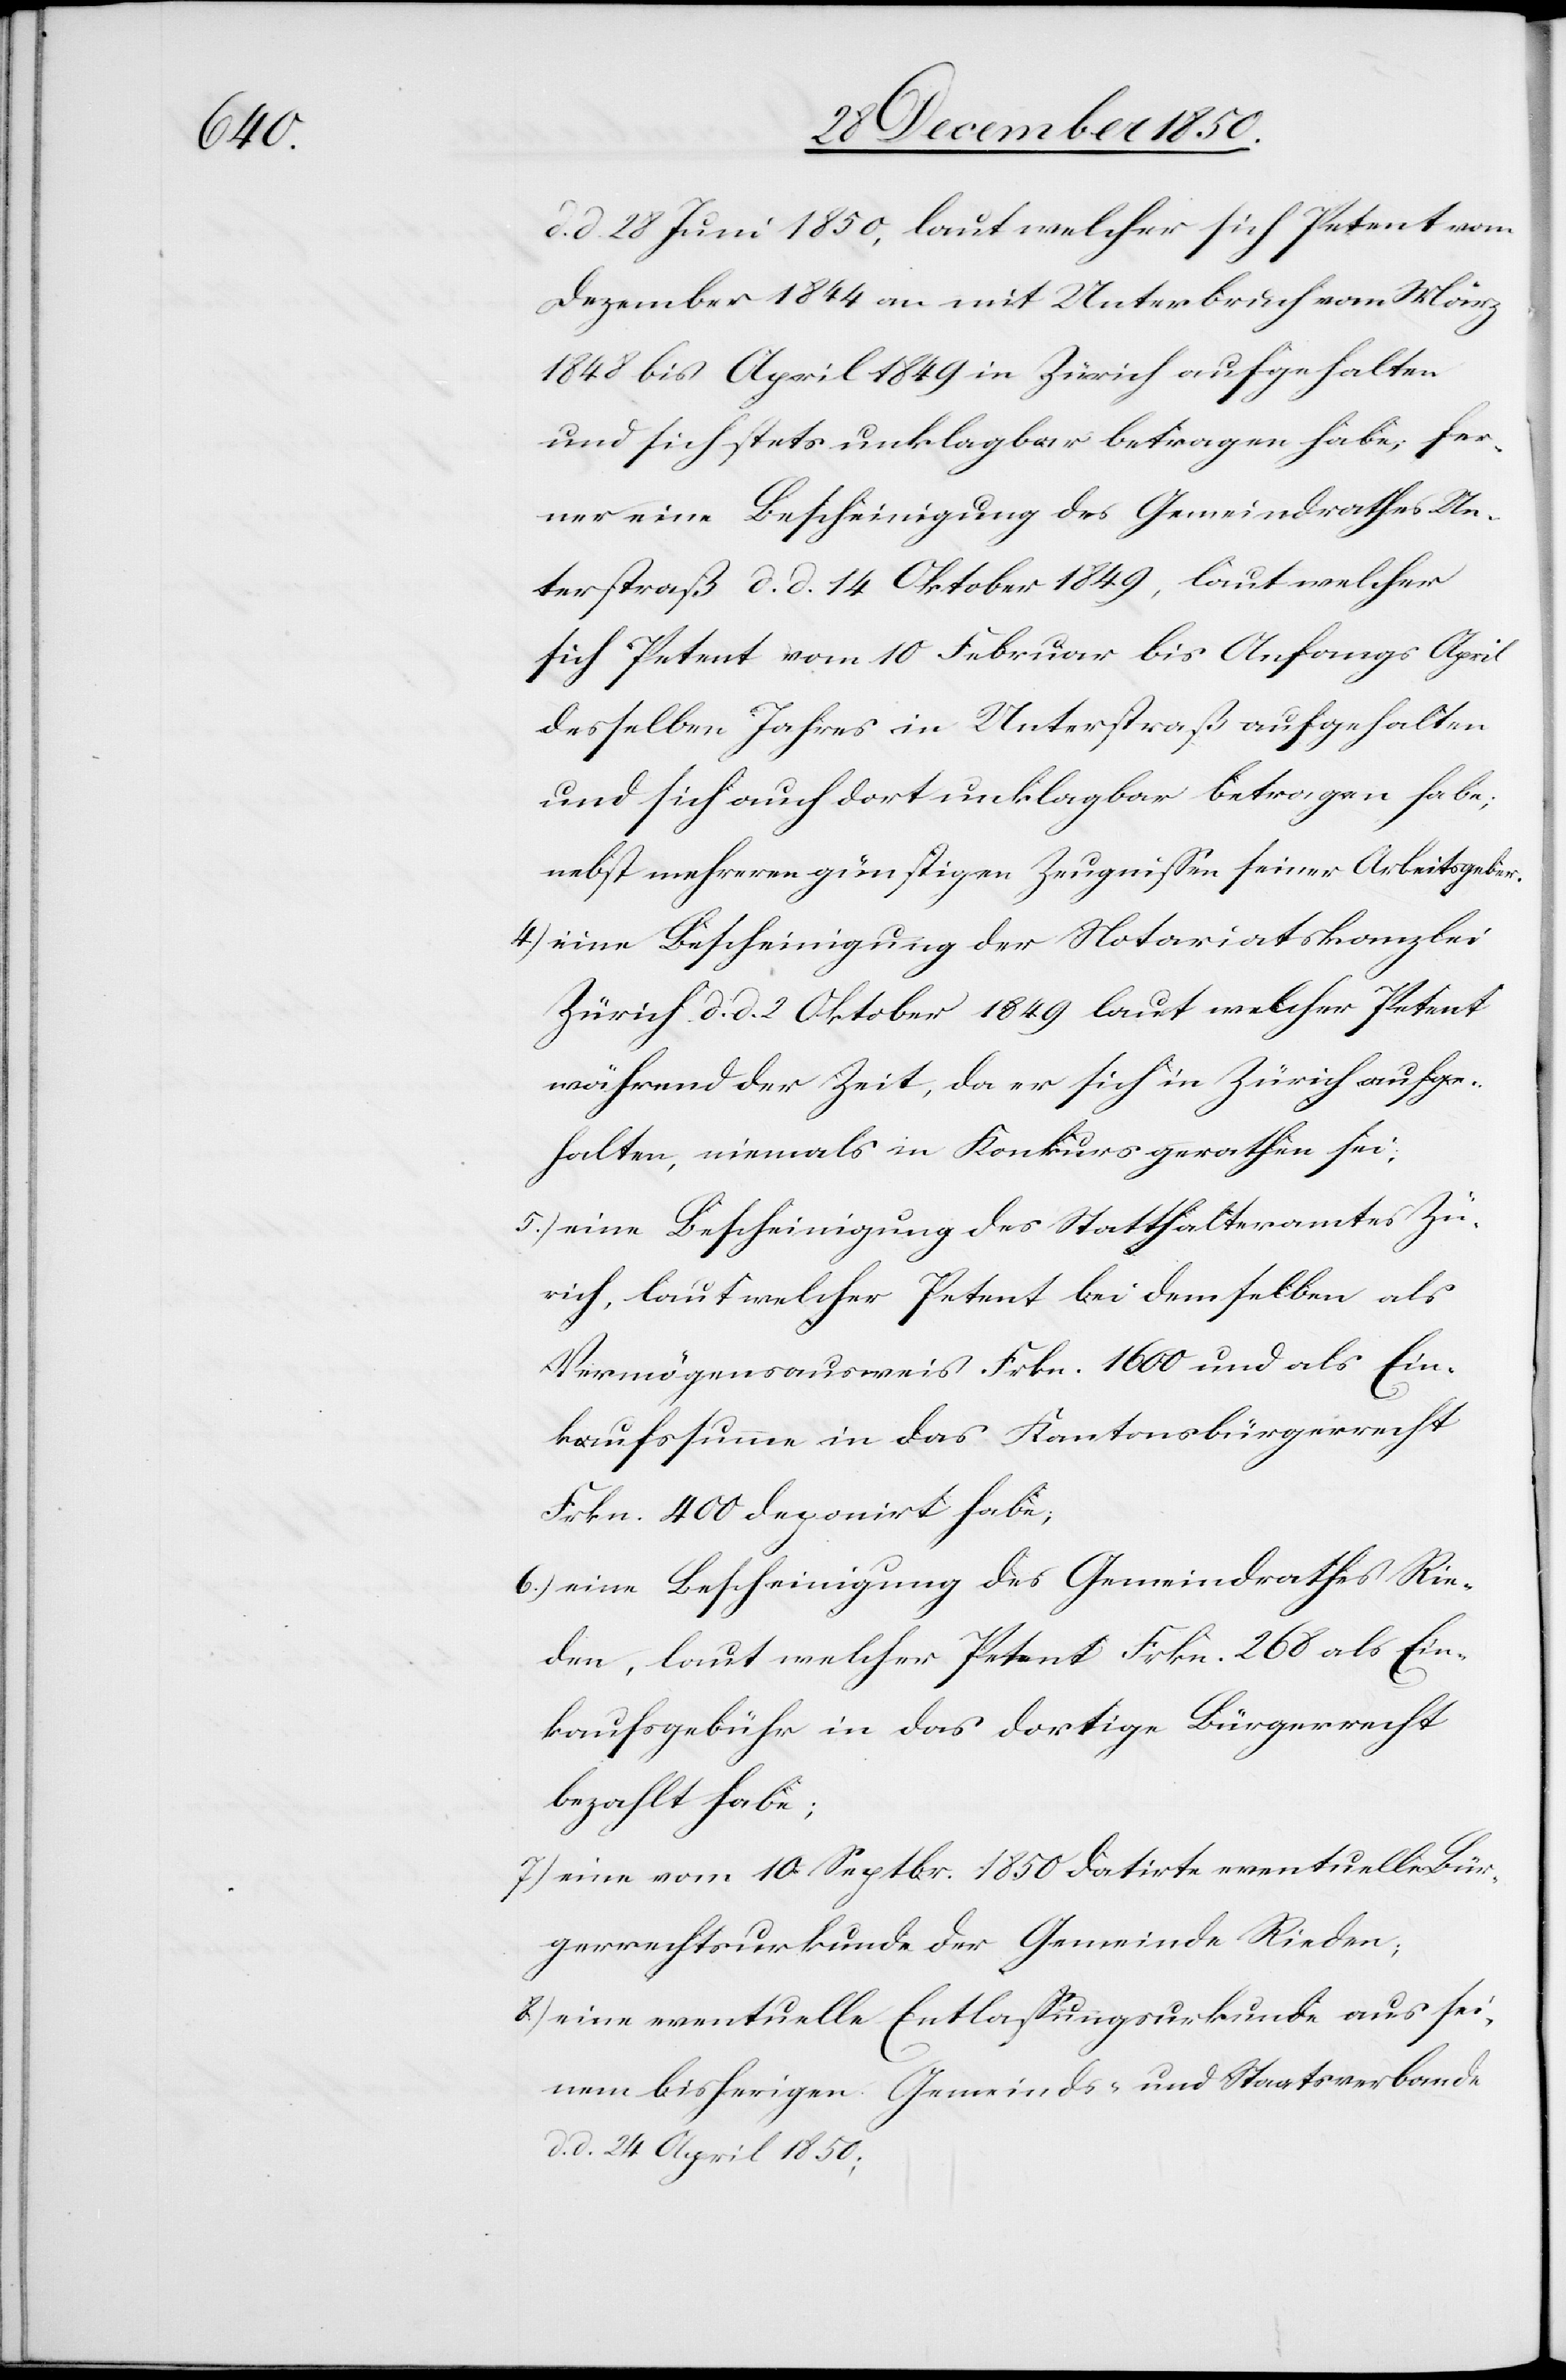
d. 28 Juni 1850, laut welcher sich Petent vom
Dezember 1844 an mit Unterbruch von März
1848 bis April 1849 in Zürich aufgehalten
und sich stets unklagbar betragen habe; fer¬
ner eine Bescheinigung des Gemeindrathes Un¬
terstraß d. d. 14 Oktober 1849, laut welcher
sich Petent vom 10 Februar bis Anfangs April
desselben Jahres in Unterstraß aufgehalten
und sich auch dort unklagbar betragen habe,
nebst mehreren günstigen Zeugnissen seiner Arbeitsgeber.
4) eine Bescheinigung der Notariatskanzlei
Zürich d. d. 2 Oktober 1849 laut welcher Petent
während der Zeit, da er sich in Zürich aufge¬
halten, niemals in Konkurs gerathen sei;
5.) eine Bescheinigung des Statthalteramtes Zü¬
rich, laut welcher Petent bei demselben als
Vermögensausweis Frkn. 1600 und als Ein¬
kaufssumme in das Kantonsbürgerrecht
Frkn. 400 deponirt habe;
6.) eine Bescheinigung des Gemeindrathes Rie¬
den, laut welcher Petent Frkn. 268 als Ein¬
kaufsgebühr in das dortige Bürgerrecht
bezahlt habe;
7) eine vom 10 Septbr. 1850 datirte eventuelle Bür¬
gerrechtsurkunde der Gemeinde Rieden;
8) eine eventuelle Entlassungsurkunde aus sei¬
nem bisherigen Gemeinds- und Staatsverbande
d. d. 24 April 1850;